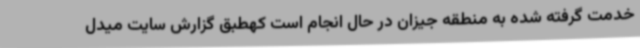
خدمت گرفته شده به منطقه جیزان در حال انجام است کهطبق گزارش سایت میدل